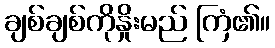
ချစ်ချစ်ကိုနှိုးမည် ကြံ၏။